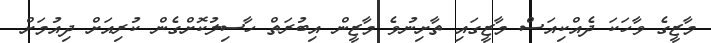
މާޒީގެ ވާހަކަ ދެއްކިއަސް މާޒީގައި ތާށިނުވެ މާޒީން އިބުރަތް ހާސިލުކޮށްގެން ކުރިއަށް ދިއުމަށް